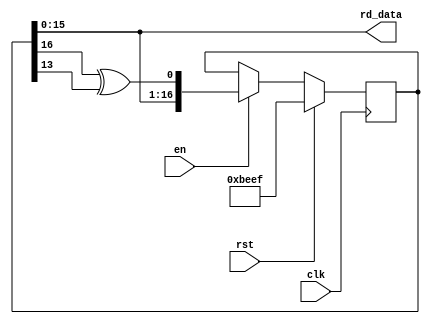
`timescale 1ns / 1ps
//////////////////////////////////////////////////////////////////////////////////
// Company: 
// 
// Design Name: 
// Module Name:    lfsr 
// Project Name: 
// Target Devices: 
// Tool versions: 
// Description: 
//
// Dependencies: 
//
// Revision: 
// Revision 0.01 - File Created
// Additional Comments: 
//
//////////////////////////////////////////////////////////////////////////////////
module lfsr(
    input clk,
    input en,
    input rst,
    output [15:0] rd_data
    );

  reg [16:0] data = 17'h1BEEF;
  assign rd_data = data[15:0];
  
  always @(posedge clk)
    if (rst)
      data <= 17'hBEEF;
    else if (en)
      data <= {data[15:0], data[16] ^ data[13]};
endmodule